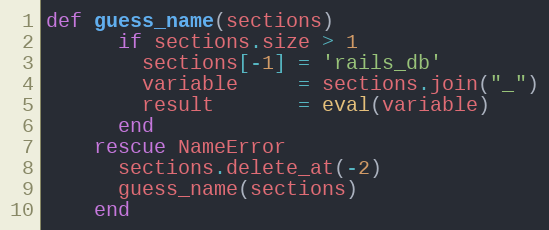
Language: Ruby
def guess_name(sections)
      if sections.size > 1
        sections[-1] = 'rails_db'
        variable     = sections.join("_")
        result       = eval(variable)
      end
    rescue NameError
      sections.delete_at(-2)
      guess_name(sections)
    end